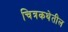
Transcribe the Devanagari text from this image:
चित्रकथेतील